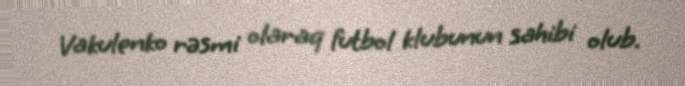
Vakulenko rəsmi olaraq futbol klubunun sahibi olub.